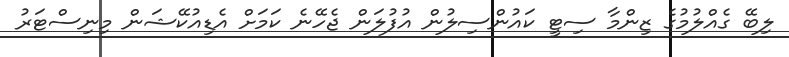
ލިބޭ ގެއްލުމުގެ ޒިންމާ ސިޓީ ކައުންސިލުން އުފުލަން ޖެހޭނެ ކަމަށް އެޑިއުކޭޝަން މިނިސްޓަރު